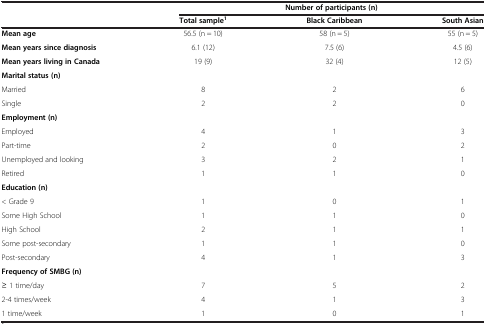
<table><thead><tr><td><b> </b></td><td colspan="3"><b>Number of participants (n)</b></td></tr><tr><td><b> </b></td><td><b>Total sample<sup>1</sup></b></td><td><b>Black Caribbean</b></td><td><b>South Asian</b></td></tr></thead><tbody><tr><td><b>Mean age</b></td><td>56.5 (n = 10)</td><td>58 (n = 5)</td><td>55 (n = 5)</td></tr><tr><td><b>Mean years since diagnosis</b></td><td>6.1 (12)</td><td>7.5 (6)</td><td>4.5 (6)</td></tr><tr><td><b>Mean years living in Canada</b></td><td>19 (9)</td><td>32 (4)</td><td>12 (5)</td></tr><tr><td><b>Marital status (n)</b></td><td> </td><td> </td><td> </td></tr><tr><td>Married</td><td>8</td><td>2</td><td>6</td></tr><tr><td>Single</td><td>2</td><td>2</td><td>0</td></tr><tr><td><b>Employment (n)</b></td><td> </td><td> </td><td> </td></tr><tr><td>Employed</td><td>4</td><td>1</td><td>3</td></tr><tr><td>Part-time</td><td>2</td><td>0</td><td>2</td></tr><tr><td>Unemployed and looking</td><td>3</td><td>2</td><td>1</td></tr><tr><td>Retired</td><td>1</td><td>1</td><td>0</td></tr><tr><td><b>Education (n)</b></td><td> </td><td> </td><td> </td></tr><tr><td>&lt; Grade 9</td><td>1</td><td>0</td><td>1</td></tr><tr><td>Some High School</td><td>1</td><td>1</td><td>0</td></tr><tr><td>High School</td><td>2</td><td>1</td><td>1</td></tr><tr><td>Some post-secondary</td><td>1</td><td>1</td><td>0</td></tr><tr><td>Post-secondary</td><td>4</td><td>1</td><td>3</td></tr><tr><td><b>Frequency of SMBG (n)</b></td><td> </td><td> </td><td> </td></tr><tr><td>≥ 1 time/day</td><td>7</td><td>5</td><td>2</td></tr><tr><td>2-4 times/week</td><td>4</td><td>1</td><td>3</td></tr><tr><td>1 time/week</td><td>1</td><td>0</td><td>1</td></tr></tbody></table>